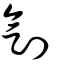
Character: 刏